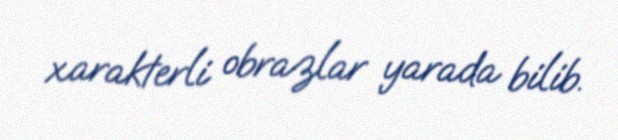
xarakterli obrazlar yarada bilib.